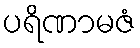
ပရိဏာမဇံ